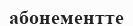
абонементте